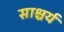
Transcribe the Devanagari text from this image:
साश्चर्य